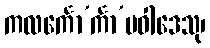
ကလင်္ကော’င်္ကာ’ပဝါဒေသု၊